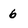
Character: 6